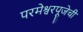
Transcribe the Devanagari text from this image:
परमेश्वरपूजेचीं